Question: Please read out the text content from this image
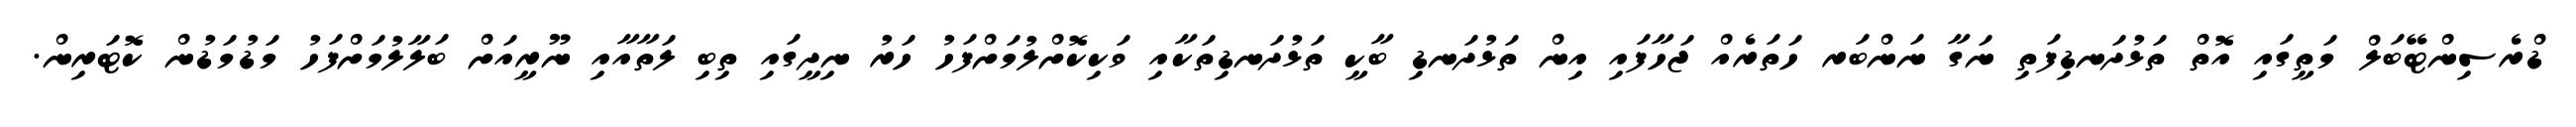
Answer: ޑްރެސިންޓޭބަލް މަތީގައި އޮތް ތަޅުދަނޑިފަތި ނަގާ ނަންބަރ ހަތަރެއް ޖަހާފައި އިން ތަޅުދަނޑި ބާކީ ތަޅުދަނޑިތަކާއި ވަކިކޮށްލުމަށްފަހު ހަރު ނިދީގައި ތިބި ލަތާއާއި ނޫރީއަށް ބަލާލުމަށްފަހު މަޑުމަޑުން ކޮޓަރިން.